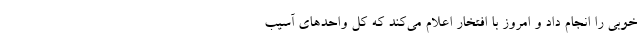
خوبی را انجام داد و امروز با افتخار اعلام می‌کند که کل واحدهای آسیب